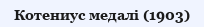
Котениус медалі (1903)